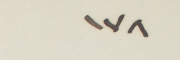
١٧٨